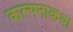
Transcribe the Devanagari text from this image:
कल्पनाकथा